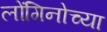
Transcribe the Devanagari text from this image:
लोंगिनोच्या